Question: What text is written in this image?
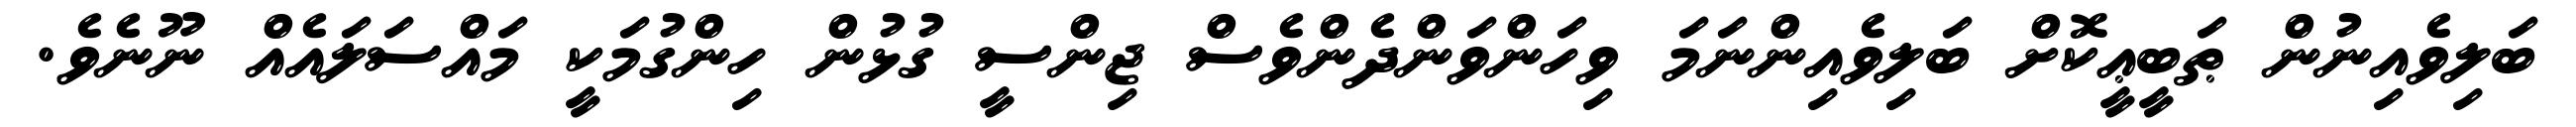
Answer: ބަލިވެއިނުން ޠަބީޢީކޮށް ބަލިވެއިންނަމަ ވިހަންވަންދެންވެސް ޖިންސީ ގުޅުން ހިންގުމަކީ މައްސަލައެއް ނޫނެވެ.